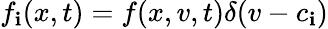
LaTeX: f_{\mathbf{i}}(x,t)=f(x,v,t)\delta(v-c_{\mathbf{i}})